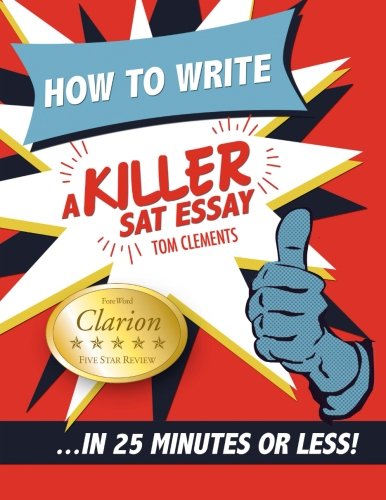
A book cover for How to Write a Killer SAT Essay: An Award-Winning Author's Practical Writing Tips on SAT Essay Prep; Tom Clements; Education & Teaching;